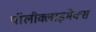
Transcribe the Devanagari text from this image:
पॉलीक्लाइमेक्स